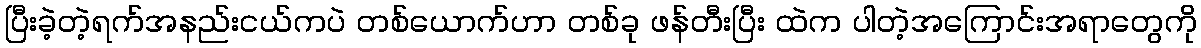
ပြီးခဲ့တဲ့ရက်အနည်းငယ်ကပဲ တစ်ယောက်ဟာ တစ်ခု ဖန်တီးပြီး ထဲက ပါတဲ့အကြောင်းအရာတွေကို